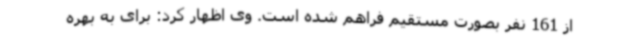
از 161 نفر بصورت مستقیم فراهم شده است. وی اظهار کرد: برای به بهره